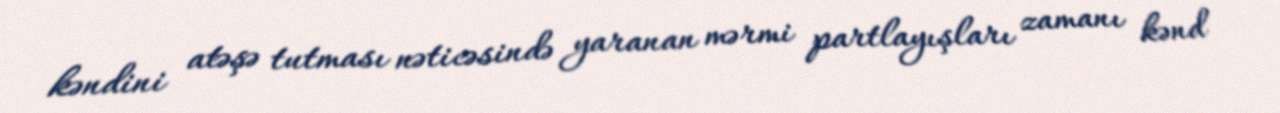
kəndini atəşə tutması nəticəsində yaranan mərmi partlayışları zamanı kənd